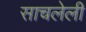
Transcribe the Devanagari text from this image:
साचलेली